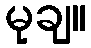
မုချ။